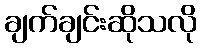
ချက်ချင်းဆိုသလို